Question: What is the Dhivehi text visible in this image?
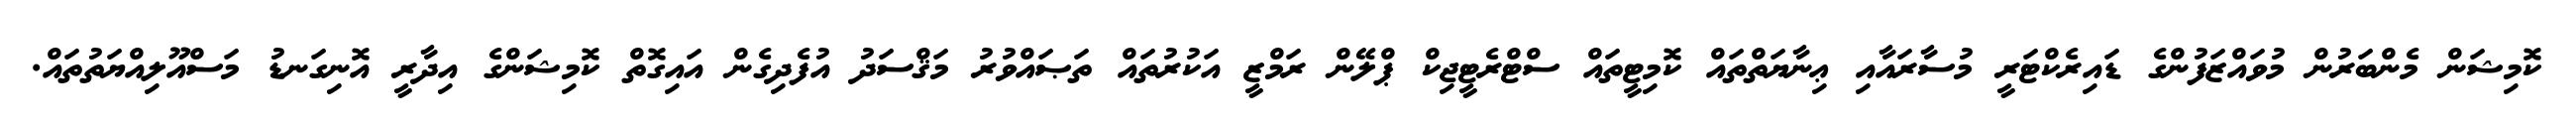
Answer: ކޮމިޝަން މެންބަރުން މުވައްޒަފުންގެ ޑައިރެކްޓަރީ މުސާރައާއި ޢިނާޔަތްތައް ކޮމިޓީތައް ސްޓްރެޓީޖިކް ޕްލޭން ރަމްޒީ އަކުރުތައް ތަޞައްވުރު މަޤްސަދު އުފެދިގެން އައިގޮތް ކޮމިޝަންގެ އިދާރީ އޮނިގަނޑު މަސްއޫލިއްޔަތުތައް.